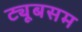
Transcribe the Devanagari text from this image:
ट्यूबसम